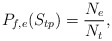
\begin{align*}P_{f,e}(S_{tp})=\frac{N_e}{N_t},\end{align*}